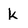
Character: k